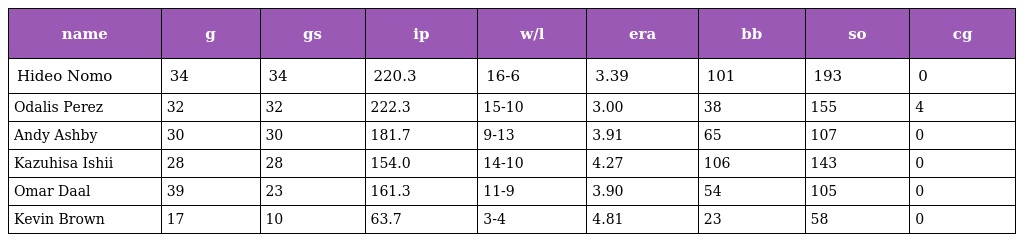
| name | g | gs | ip | w/l | era | bb | so | cg |
 | --- | --- | --- | --- | --- | --- | --- | --- | --- |
 | Hideo Nomo | 34 | 34 | 220.3 | 16-6 | 3.39 | 101 | 193 | 0 |
 | Odalis Perez | 32 | 32 | 222.3 | 15-10 | 3.00 | 38 | 155 | 4 |
 | Andy Ashby | 30 | 30 | 181.7 | 9-13 | 3.91 | 65 | 107 | 0 |
 | Kazuhisa Ishii | 28 | 28 | 154.0 | 14-10 | 4.27 | 106 | 143 | 0 |
 | Omar Daal | 39 | 23 | 161.3 | 11-9 | 3.90 | 54 | 105 | 0 |
 | Kevin Brown | 17 | 10 | 63.7 | 3-4 | 4.81 | 23 | 58 | 0 |